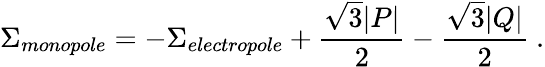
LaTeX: \Sigma_{monopole}=-\Sigma_{electropole}+{\frac{\sqrt 3|P|}{2}}-{\frac{\sqrt 3|Q|}{2}}\ .